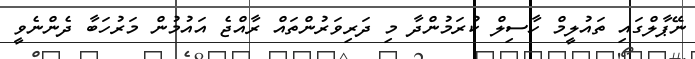
ނޭޕާލްގައި ތައުލީމް ހާސިލް ކުރަމުންދާ މި ދަރިވަރުންތައް ރާއްޖެ އައުމުން މަރުހަބާ ދެންނެވީ